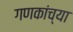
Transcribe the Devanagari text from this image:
गणकांच्या